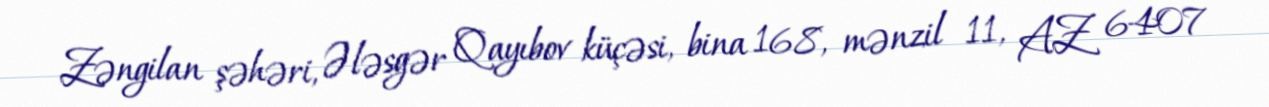
Zəngilan şəhəri, Ələsgər Qayıbov küçəsi, bina 168, mənzil 11, AZ 6407